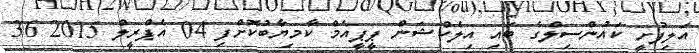
އަލިފުށީ ކައުންސިލްގެ ބައި އިލެކްޝަން ޕީޕީއެމް ކާމިޔާބުކޮށްފި 04 އެޕްރީލް 2015 36